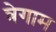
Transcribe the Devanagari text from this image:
त्रेगाम